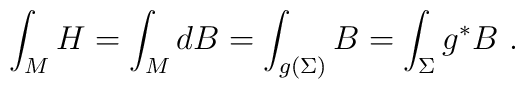
\int_M H = \int_M dB = \int_{g(\Sigma)} B = \int_\Sigma g^*B~.